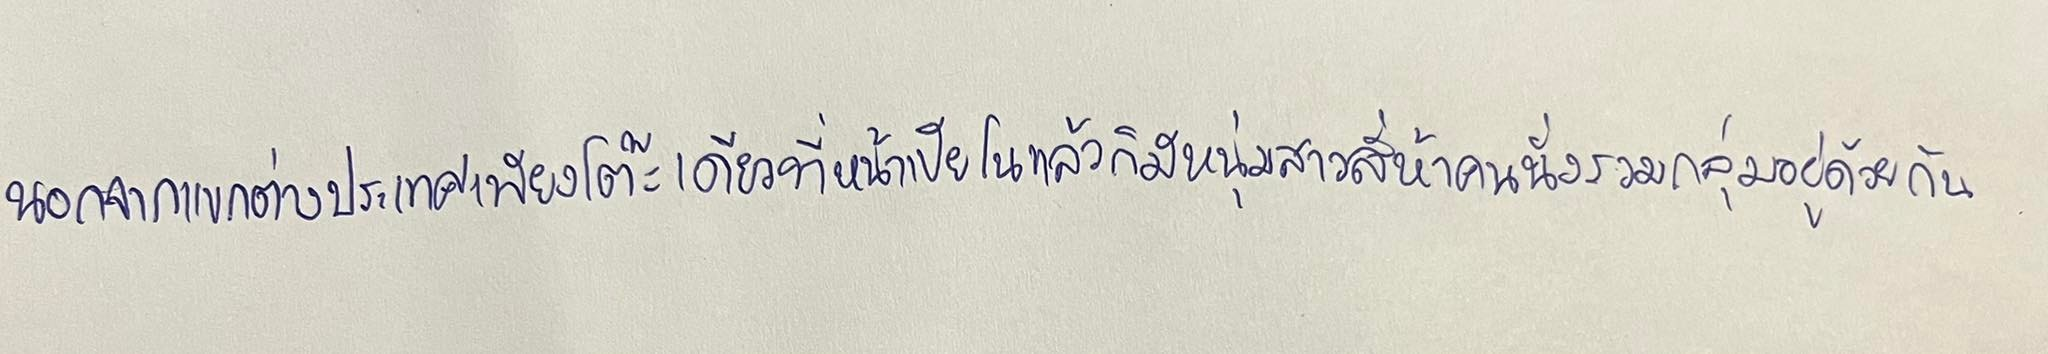
นอกจากแขกต่างประเทศเพียงโต๊ะเดียวที่หน้าเปียโนแล้วก็มีหนุ่มสาวสี่ห้าคนนั่งรวมกลุ่มอยู่ด้วยกัน